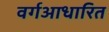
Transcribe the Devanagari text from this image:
वर्गआधारित